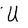
Character: U